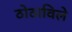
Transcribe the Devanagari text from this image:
ठोठाविले